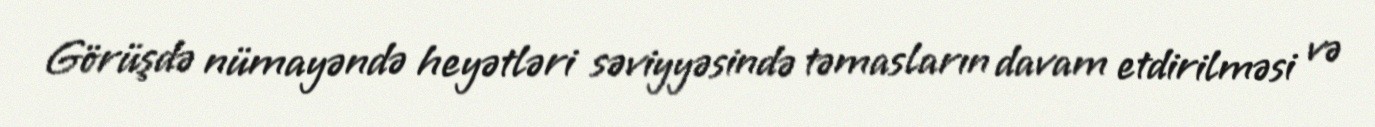
Görüşdə nümayəndə heyətləri səviyyəsində təmasların davam etdirilməsi və